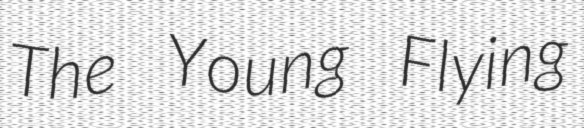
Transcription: The Young Flying